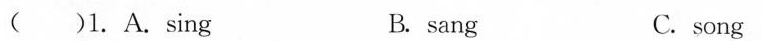
( )1. A. Sing B. sang C.song